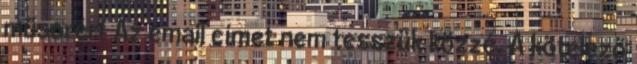
műsorért Az email címet nem tesszük közzé. A kötelező